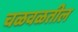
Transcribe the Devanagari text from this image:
चळवळतील